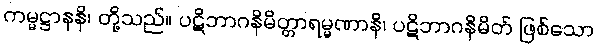
ကမ္မဋ္ဌာနနိ၊ တို့သည်။ ပဋိဘာဂနိမိတ္တာရမ္မဏာနိ၊ ပဋိဘာဂနိမိတ် ဖြစ်သော